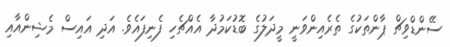
ސޭންޑްވިޗް ޕާންތަކުގެ ތެރެއިންވަނީ މީދަލުގެ ބޮޑުކަމުދާ އެއްޗެހި ފެނިފައެވެ. އަދި އައިސް މެޝިންއާއި